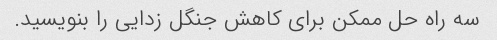
سه راه حل ممکن برای کاهش جنگل زدایی را بنویسید.